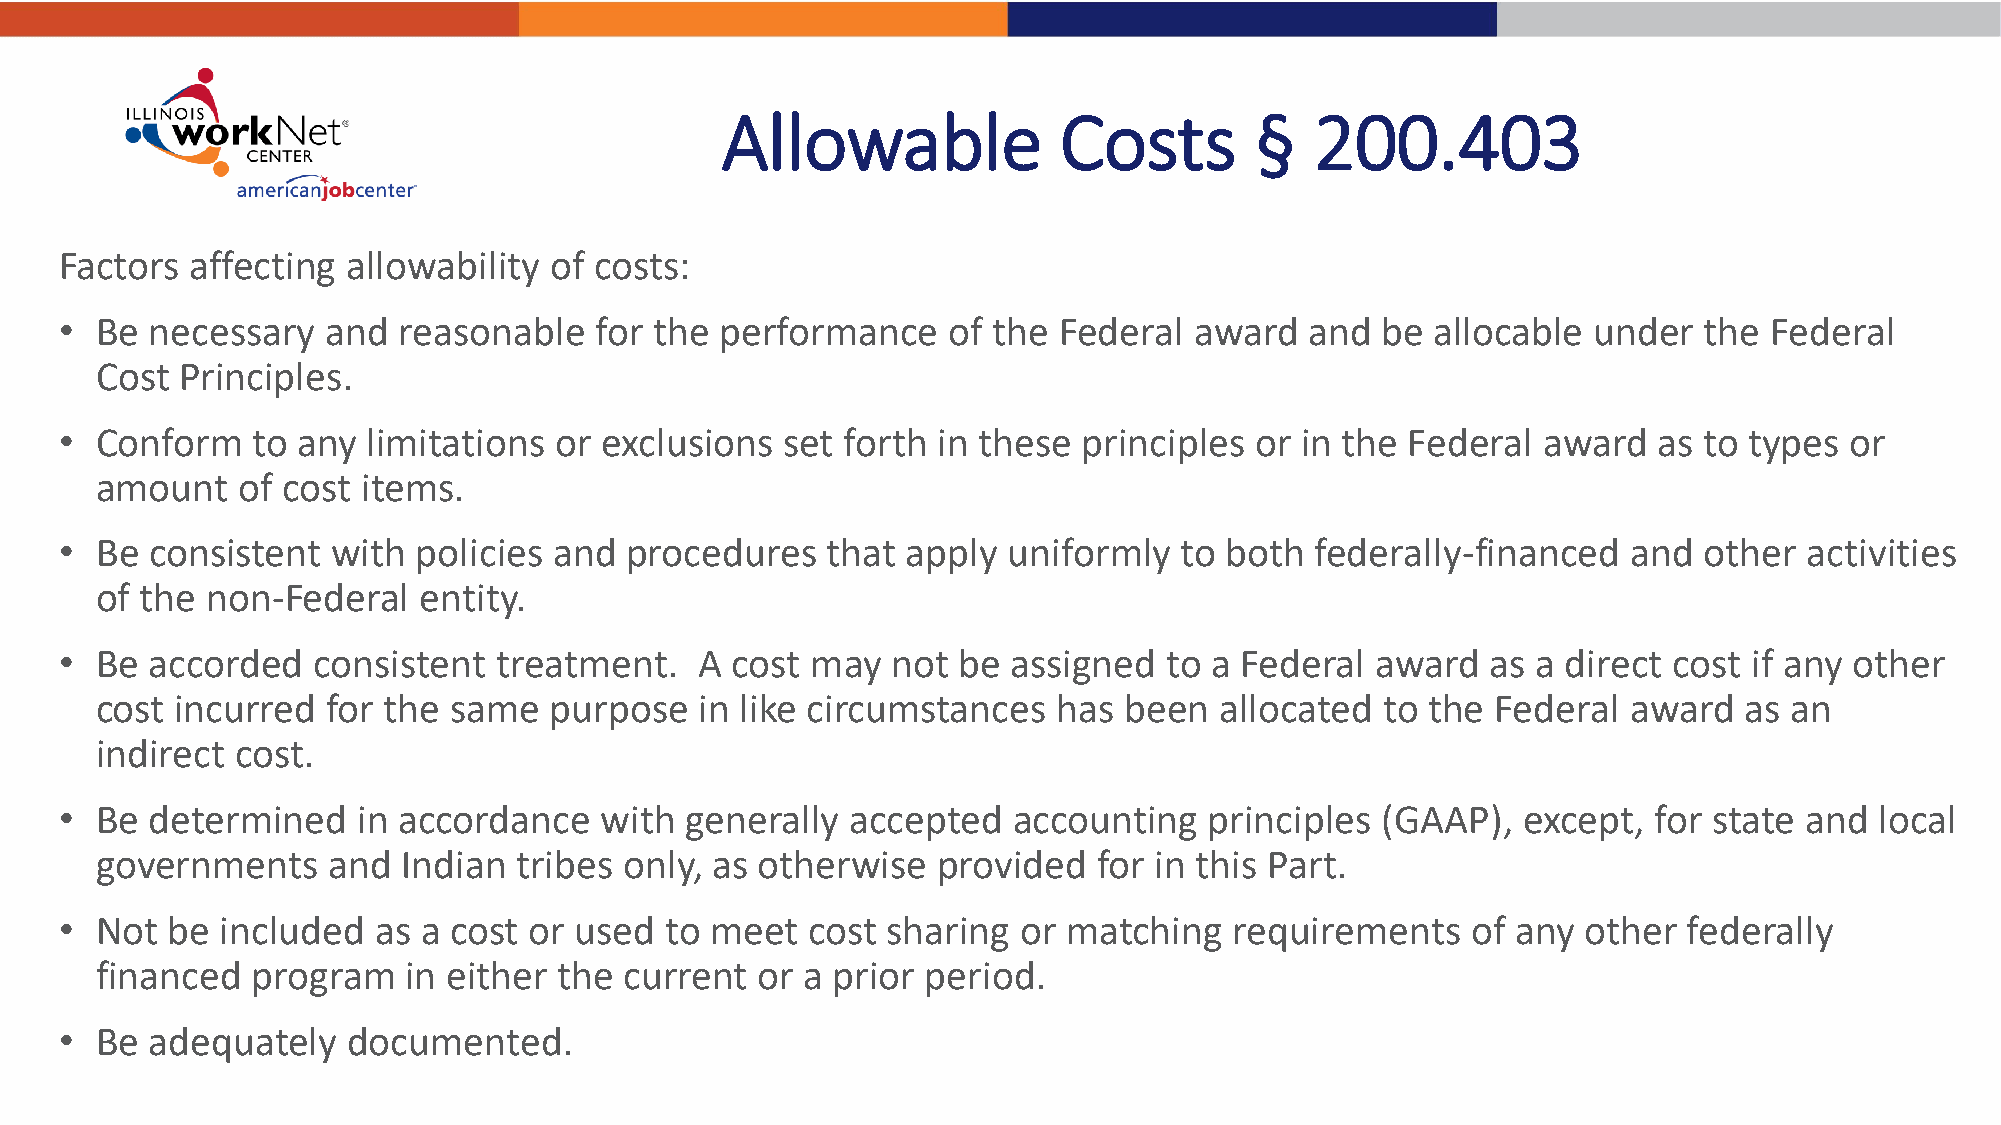
Allowable             Costs        §   200.403
 Factors  affecting allowability of costs:
 • Be  necessary   and reasonable   for the  performance    of the Federal  award   and be  allocable under   the Federal
 Cost  Principles.
 • Conform    to any limitations  or exclusions  set forth in these  principles or in the Federal  award   as to types or
 amount    of cost items.
 • Be  consistent  with  policies and procedures    that apply  uniformly  to both  federally-financed   and  other  activities
 of the  non-Federal   entity.
 • Be  accorded   consistent  treatment.   A cost  may  not be  assigned  to a Federal  award   as a direct cost if any other
 cost  incurred  for the same  purpose   in like circumstances   has been   allocated  to the Federal  award  as an
 indirect  cost.
 • Be  determined    in accordance   with generally  accepted   accounting   principles (GAAP),   except,  for state and local
 governments     and  Indian tribes only, as otherwise   provided   for in this Part.
 • Not  be  included  as a cost or used  to meet   cost sharing  or matching   requirements   of any  other  federally
 financed   program   in either the current  or a prior period.
 • Be  adequately   documented.